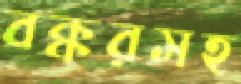
বক্করসহ